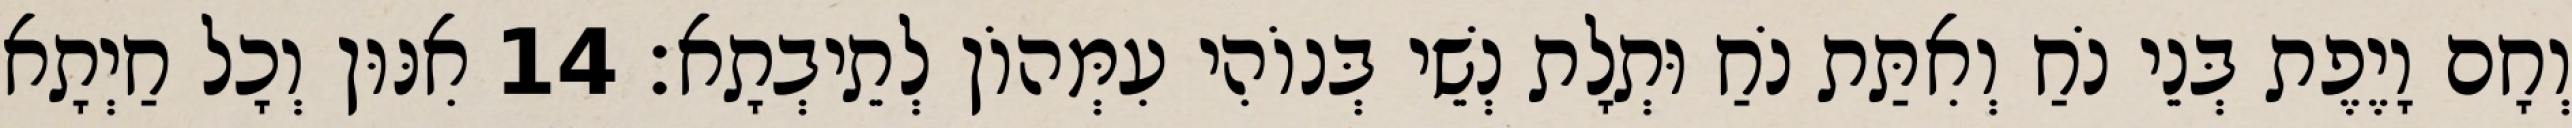
וְחָם וָיֶפֶת בְּנֵי נֹחַ וְאִתַּת נֹחַ וּתְלָת נְשֵׁי בְּנוֹהִי עִמְּהוֹן לְתֵיבְתָא׃ 14 אִנּוּן וְכָל חַיְתָא